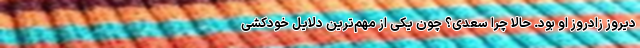
دیروز زادروز او بود. حالا چرا سعدی؟ چون یکی از مهم‌ترین دلایل خودکشی